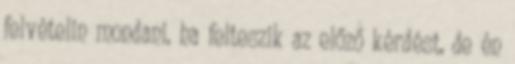
felvételin mondani, ha felteszik az előző kérdést, de én